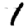
Digit: 1